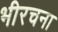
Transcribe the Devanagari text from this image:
भीरचना